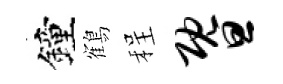
鐘鶴程暨